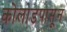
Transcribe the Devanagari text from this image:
कोलाडपासून